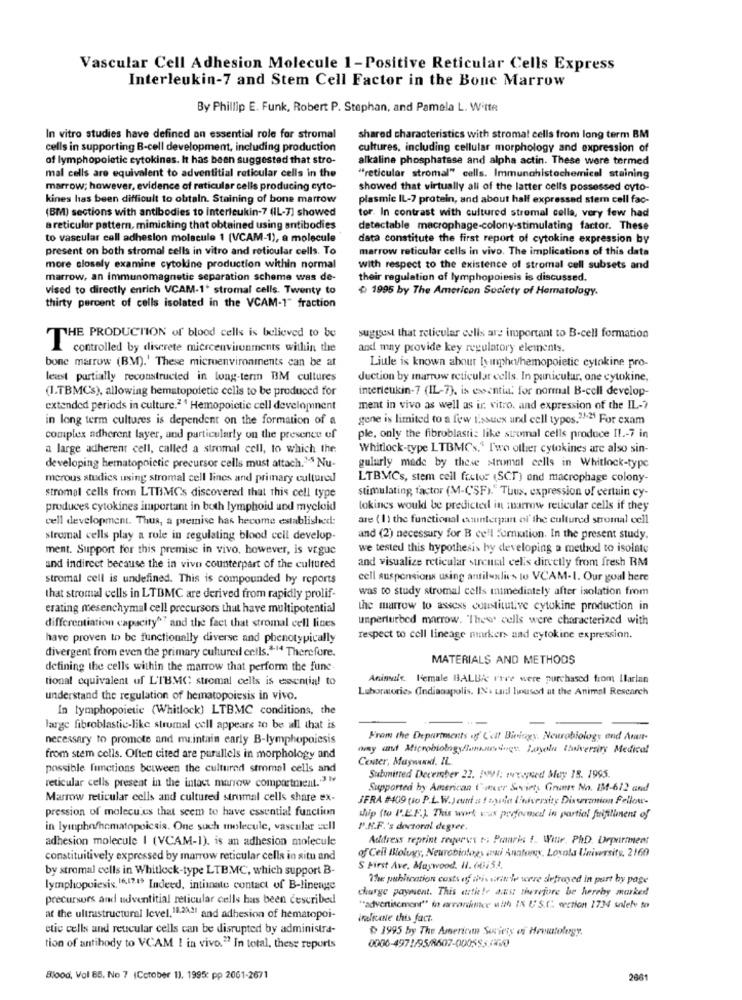
Vascular Cell Adhesion Molecule 1-Positive Reticular Cells Express
Interleukin-7 and Stem Cell Factor in the Bone Marrow
By Phillip E. Funk, Robert P. Stephan, and Pamela L. Witte
In vitro studies have defined an essential role for stromal
shared characteristics with stromat cells from long term BM
cells in supporting B-cell development, including production
cultures, including cellular morphology and expression of
of lymphopoietic cytokines. It has been suggested that stro-
alkaline phosphatase and alpha actin. These were termed
mal cells are equivalent to adventitial reticular cells in the
"reticular stromal" cells. Immunohistochemical staining
marrow; however, evidence of reticular cells producing cyto-
showed that virtually all of the latter cells possessed cyto-
kines has been difficult to obtain. Staining of bone marrow
plasmic IL-7 protein, and about half expressed stem cell fac-
(BM) sections with antibodies to Interleukin-7 (IL-7) showed
tor. In contrast with cultured stromal colla, very few had
a reticular pattern, mimicking that obtained using antibodies
detectable macrophage-colony-stimulating factor. These
to vascular call adhesion molecule 1 (VCAM-1), a molecule
data constitute the first report of cytokine expression by
present on both stromal cells in vitro and reticular cells. To
marrow reticular cells in vivo. The implications of this data
more closely examine cytokine production within normal
with respect to the existence of stromal cell subsets and
marrow, an immunomagnetic separation scheme was de-
their regulation of lymphopoiesis is discussed.
vised to directly enrich VCAM-1' stromal cells. Twenty to
+ 1995 by The American Society of Hematology.
thirty percent of cells isolated in the VCAM-1" fraction
THE PRODUCTION of blood cells is believed to be
suggest that reticular cells are important to B-cell formation
controlled by discrete micrcenvironments within the
and may provide key regulatory elements.
bone marrow (BM).' These microenvironments can be at
Liule is known about tyinpha/hemopoietic cytokine pro-
least partially reconstructed in long-term BM cultures
duction by marrow reticular cells. In punicular, one cytokine,
(I.TBMCs), allowing hematopoietic cells to be produced for
interleukin-7 (IL-7), is essentia. for normal B-cell develop-
extended periods in culture.2 4 Hemopoictie cell development
ment in vivo as well as ir vitro, and expression of the IL -?
in long term cultures is dependent on the formation of a
gene is limited to a few tissues und cell types.""." For exam
complex adherent layer, and particularly on the presence of
ple, only the fibroblasti: like stromal cells produce IL .- 7 in
a large adherent cell, called a stromal cell, to which the
Whitlock-type LTBMC's.' I'wo other cytokines are also sin-
developing hematopoietic precursor cells must attach.'S Nu-
gularly made by these Mrumal cells in Whitlock-type
merous studies using stromal cell lines and primary cultured
LTBMCs, stem cell factor (SCT) and macrophage colony-
stromal cells from LTUMCs discovered that this cell type
stimulating factor (M-CSF)." Thus, expression of certain cy-
produces cytokines important in both lymphoid and myeloid
tokincs would be predicted in inarrow reticular cells if they
cell development. Thus, a premise has hecome established:
are ( 1) the functional canunterpart of the cultured stromal cell
stromal cells play a role in regulating blood cell develop-
and (2) necessary for B cell fornxition. In the present study.
ment. Support for this premise in vivo, however, is vague
we tested this hypothesis hy developing a meuxxl to isolate
and visualize reticular surcual celis dircetly from fresh RM
and indirect because the in vivo counterpart of the cultured
stromal cell is undefined. This is compounded by reports
cell auspensions using antiluxlies to VCAM-1. Our goal here
was to study stromal cells mimediately after isolation from
that stromal cells in LTBMC are derived from rapidly prolif-
erating mesenchymal cell precursors that have multipotential
the marrow to assess constitutive cytokine production in
unperturbed marrow. "Thews cells were characterized with
differentiation capacity"" and the fact that stromal cell lines
have proven to be functionally diverse and phenotypically
respect to cell lineage markers and cytokine expression.
divergent from even the primary cultured cells.""14 Therefore.
MATERIALS AND METHODS
defining the cells within the marrow that perform the fune.
tional equivalent uf L'IBMC stromal cells is essential to
Aninvale. Kemale BALBic rive were purchased from Ilarlan
Laboratorie> (Indianapolis. IN cid linused at the Animal Research
understand the regulation of hematopoiesis in vivo.
In lymphopoietic (Whitlock) LTBMC conditions, the
large fibroblastic-like strumal cell appears to be all that is
necessary to promote and maintain early B-lymphopoiesis
From the Departments of C'eit Biningy. Neurobiology and Arunt-
way and Microbiology/omsorg Loyale thaiversity Medical
from stem cells. Often cited are parallels in morphology and
Center, Maywww. IL
possible fimctions between the cultured stromal cells and
reticular cells present in the intact marrow compartment .. 3.14
Submitted December 22. 1991: weepsed buy 18. 1995.
Supported by American Quecer Soviets Gramme No. 13-612 andf
Marrow reticular cells and cultured strumal cells share ex-
JFRA #409 (io P.L.W.Jeuni a ! tyuda University Disseremion Fellow-
pression of molecules that seem to have essential function
ship (to I'.E.F.) This work was proformed in partial fuifillment of
in lymphofhematopoiesis. One such molecule, vascular cell
P.N.F.'s doctoral degree.
adhesion molecule | (VCAM-1), is an adhesion molecule
Address reprint regerus t -; Paris 1. Winte, PhD. Department
of Cell Biology, Neurobiology aki Anntoonx. Loyola University, 2160
constituitively expressed by marrow reticular cells in situ and
by stromal cells in Whitlock-type LTBMC, which support B-
S First Ave, Maywood. H. 00153.
The publication costs of ihis sinin'le were sefrayed in part by page
lymphopoiesis 16,1219 Indeed, intimate contact of B-linenge
charge payment. This article ans therefore be hereby marked
precursors and udventitial reticular cells has been described
"advertisement" is errandknitce with IN US.C. section 1734 solete to
at the ultrastructural Icvel.11,28.21 and adhesion of hematopoi-
inline this fact.
etic cells and reticular cells can be disrupted by administra-
1995 by The American Society of Howtology.
tion of antibody to VCAM I in vivo." In total, these reports
Blood, Vol 65, No 7 (Cotober 1), 1995: pp 2061-2671
2661